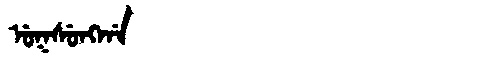
Manchu: ᡠᡴᠰᡠᠩᡤᠠ
Romanization: UKSUNGGA